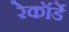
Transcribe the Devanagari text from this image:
रेकॉर्डे